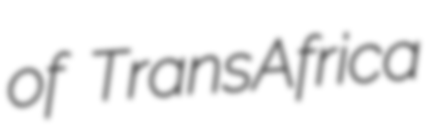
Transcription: of TransAfrica